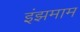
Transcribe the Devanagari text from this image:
इंझमाम